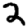
Digit: 2